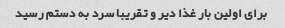
برای اولین بار غذا دیر و تقریبا سرد به دستم رسید